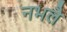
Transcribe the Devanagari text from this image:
नभलै